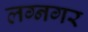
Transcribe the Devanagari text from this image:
लग्नगर